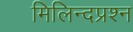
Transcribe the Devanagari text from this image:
मिलिन्दप्रश्न